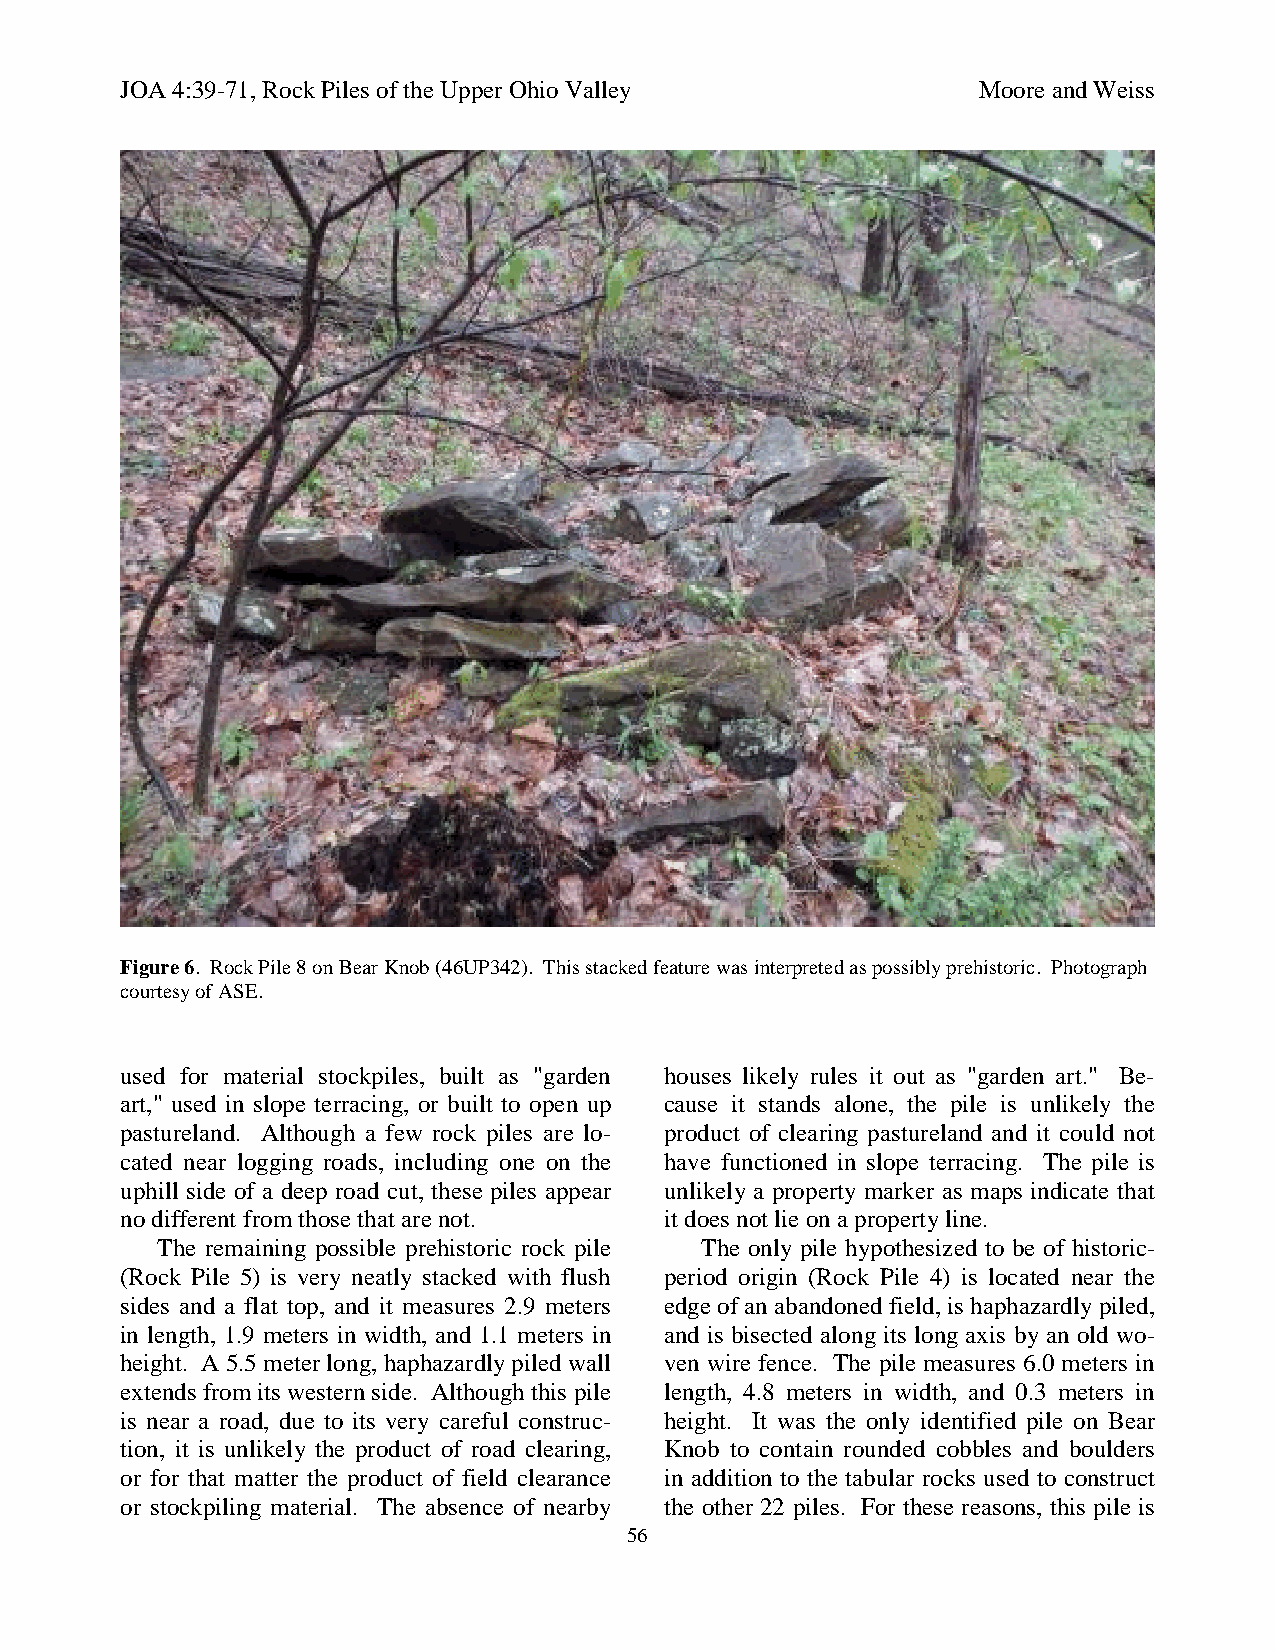
JOA 4:39-71, Rock Piles of the Upper Ohio Valley         Moore and Weiss
 Figure 6. Rock Pile 8 on Bear Knob (46UP342). This stacked feature was interpreted as possibly prehistoric. Photograph
 courtesy of ASE.
 used for material stockpiles, built as "garden houses likely rules it out as "garden art." Be-
 art," used in slope terracing, or built to open up cause it stands alone, the pile is unlikely the
 pastureland. Although a few rock piles are lo- product of clearing pastureland and it could not
 cated near logging roads, including one on the have functioned in slope terracing. The pile is
 uphill side of a deep road cut, these piles appear unlikely a property marker as maps indicate that
 no different from those that are not. it does not lie on a property line.
 The remaining possible prehistoric rock pile The only pile hypothesized to be of historic-
 (Rock Pile 5) is very neatly stacked with flush period origin (Rock Pile 4) is located near the
 sides and a flat top, and it measures 2.9 meters edge of an abandoned field, is haphazardly piled,
 in length, 1.9 meters in width, and 1.1 meters in and is bisected along its long axis by an old wo-
 height. A 5.5 meter long, haphazardly piled wall ven wire fence. The pile measures 6.0 meters in
 extends from its western side. Although this pile length, 4.8 meters in width, and 0.3 meters in
 is near a road, due to its very careful construc- height. It was the only identified pile on Bear
 tion, it is unlikely the product of road clearing, Knob to contain rounded cobbles and boulders
 or for that matter the product of field clearance in addition to the tabular rocks used to construct
 or stockpiling material. The absence of nearby the other 22 piles. For these reasons, this pile is
 56